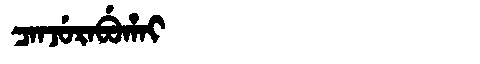
Manchu: ᠴᠠᠨᠵᡠᡵᠠᠪᡠᡥᠠᡳ
Romanization: CANJURABUHAI